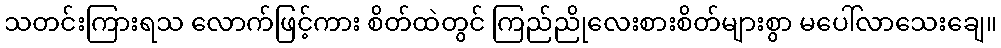
သတင်းကြားရသ လောက်ဖြင့်ကား စိတ်ထဲတွင် ကြည်ညိုလေးစားစိတ်များစွာ မပေါ်လာသေးချေ။